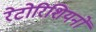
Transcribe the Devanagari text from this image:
रेटोरिशियनों